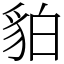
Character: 貃